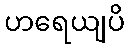
ဟရေယျပိ